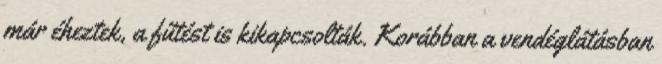
már éheztek, a fűtést is kikapcsolták. Korábban a vendéglátásban